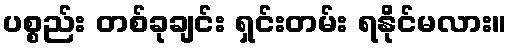
ပစ္စည်း တစ်ခုချင်း ရှင်းတမ်း ရနိုင်မလား။